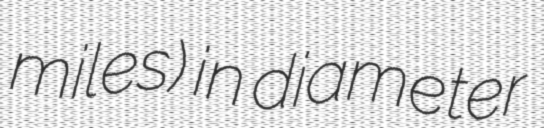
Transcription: miles) in diameter